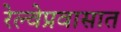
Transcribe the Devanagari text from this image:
रेल्वेप्रवासात